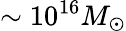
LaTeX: \sim 10^{16}M_{\odot}